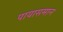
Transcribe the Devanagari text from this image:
पायासमान